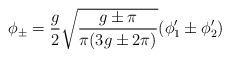
LaTeX: \begin{align*}\phi_{\pm}=\frac{g}{2}\sqrt{\frac{g\pm\pi}{\pi(3g\pm 2\pi)}}(\phi_1'\pm \phi_2')\end{align*}